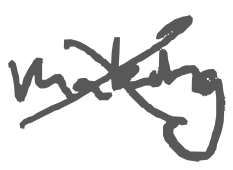
Text: making
Cross-out: mix
Writing tool: digital_gray